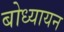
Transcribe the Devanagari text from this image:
बोध्यायन